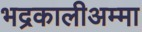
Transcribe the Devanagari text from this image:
भद्रकालीअम्मा